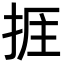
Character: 𢭘